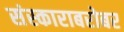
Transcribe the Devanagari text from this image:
संस्काराबरोबर